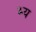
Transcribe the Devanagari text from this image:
भ्य